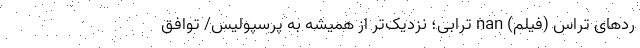
رد‌های تراس (فیلم) nan ترابی؛ نزدیک‌تر از همیشه به پرسپولیس/ توافق